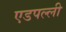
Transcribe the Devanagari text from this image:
एडपल्ली